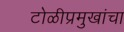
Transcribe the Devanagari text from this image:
टोळीप्रमुखांचा